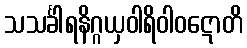
သသင်္ခါရနိဂ္ဂယှဝါရိဝါဝဋောတိ